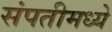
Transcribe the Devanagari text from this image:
संपतीमध्ये